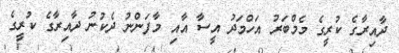
ދާއިރާގެ ކުރީގެ މެމްބަރު އަހްމަދު އީސާ އާއި މާފަންނު ދެކުނު ދާއިރާގެ ކުރީގެ